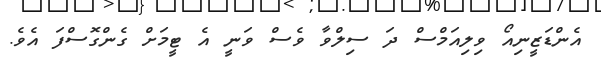
އެންޑަޒީނިއޯ ވިލިއަމްސް ދަ ސިލްވާ ވެސް ވަނީ އެ ޓީމަށް ގެންގޮސްފަ އެވެ.